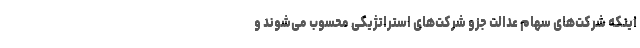
اینکه شرکت‌های سهام عدالت جزو شرکت‌های استراتژیکی محسوب می‌شوند و